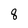
Character: 8